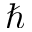
\hbar